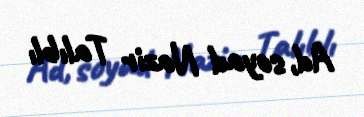
Ad, soyad Nazir Talıblı